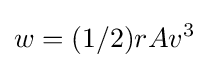
w=(1/2)rAv^{3}